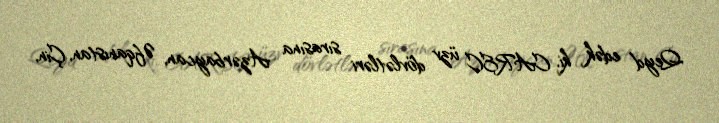
Qeyd edək ki, CAREC üzv dövlətləri sırasına Azərbaycan, Əfqanıstan, Çin,